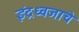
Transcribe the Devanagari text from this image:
इंद्रध्वजाचे